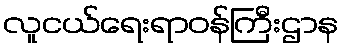
လူငယ်ရေးရာဝန်ကြီးဌာန